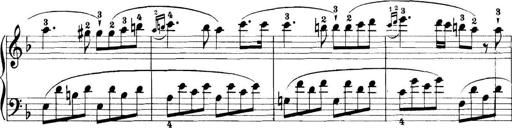
Title: 11 Sonatinas
Composer: Anton Diabelli